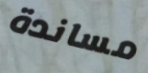
مساندة